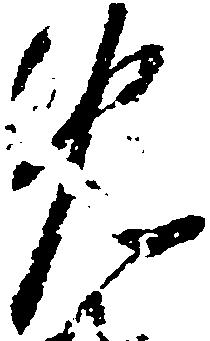
免